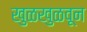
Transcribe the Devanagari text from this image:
खुळखुळवून